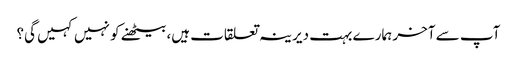
آپ سے آخر ہمارے بہت دیرینہ تعلقات ہیں، بیٹھنے کو نہیں کہیں گی؟